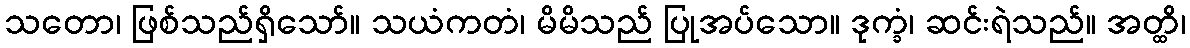
သတော၊ ဖြစ်သည်ရှိသော်။ သယံကတံ၊ မိမိသည် ပြုအပ်သော။ ဒုက္ခံ၊ ဆင်းရဲသည်။ အတ္ထိ၊